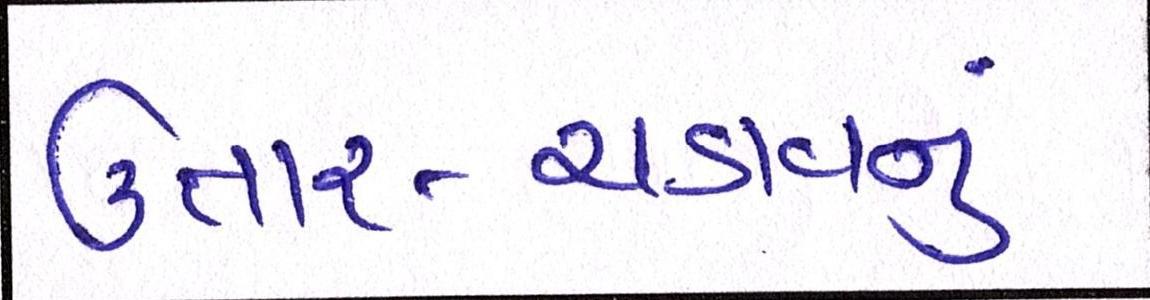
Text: ઉતાર-ચડાવનું